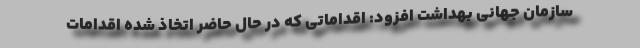
سازمان جهانی بهداشت افزود: اقداماتی که در حال حاضر اتخاذ شده اقدامات